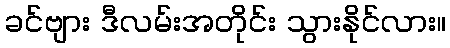
ခင်ဗျား ဒီလမ်းအတိုင်း သွားနိုင်လား။